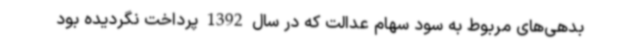
بدهی‌های مربوط به سود سهام عدالت که در سال 1392 پرداخت نگردیده بود